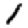
Digit: 1